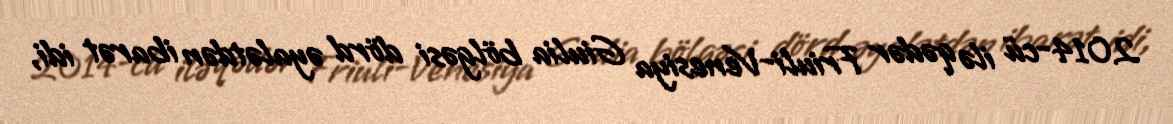
2014-cü ilə qədər Friuli-Venesiya Giulia bölgəsi dörd əyalətdən ibarət idi,